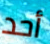
أحد